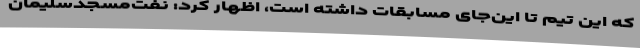
که این تیم تا این‌جای مسابقات داشته است، اظهار کرد: نفت‌مسجدسلیمان